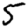
Digit: 5